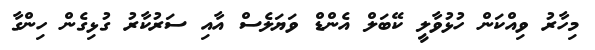
މިހާރު ވިއްކަން ހުޅުވާލީ ކޭބަލް އެންޑް ވަޔަލެސް އާއި ސަރުކާރު ގުޅިގެން ހިންގާ